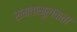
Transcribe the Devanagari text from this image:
समतामूलकता